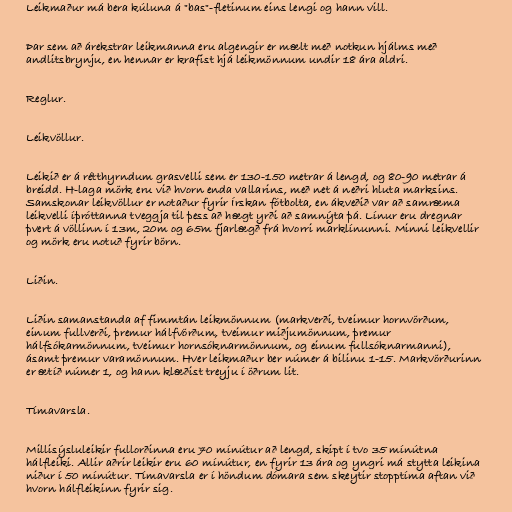
Leikmaður má bera kúluna á "bas"-fletinum eins lengi og hann vill.

Þar sem að árekstrar leikmanna eru algengir er mælt með notkun hjálms með
andlitsbrynju, en hennar er krafist hjá leikmönnum undir 18 ára aldri.

Reglur.

Leikvöllur.

Leikið er á rétthyrndum grasvelli sem er 130-150 metrar á lengd, og 80-90 metrar á
breidd. H-laga mörk eru við hvorn enda vallarins, með net á neðri hluta marksins.
Samskonar leikvöllur er notaður fyrir Írskan fótbolta, en ákveðið var að samræma
leikvelli íþróttanna tveggja til þess að hægt yrði að samnýta þá. Línur eru dregnar
þvert á völlinn í 13m, 20m og 65m fjarlægð frá hvorri marklínunni. Minni leikvellir
og mörk eru notuð fyrir börn.

Liðin.

Liðin samanstanda af fimmtán leikmönnum (markverði, tveimur hornvörðum,
einum fullverði, þremur hálfvörðum, tveimur miðjumönnum, þremur
hálfsókarmönnum, tveimur hornsóknarmönnum, og einum fullsóknarmanni),
ásamt þremur varamönnum. Hver leikmaður ber númer á bilinu 1-15. Markvörðurinn
er ætíð númer 1, og hann klæðist treyju í öðrum lit.

Tímavarsla.

Millisýsluleikir fullorðinna eru 70 mínútur að lengd, skipt í tvo 35 mínútna
hálfleiki. Allir aðrir leikir eru 60 mínútur, en fyrir 13 ára og yngri má stytta leikina
niður í 50 mínútur. Tímavarsla er í höndum dómara sem skeytir stopptíma aftan við
hvorn hálfleikinn fyrir sig.